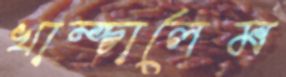
খাম্‌চালেম